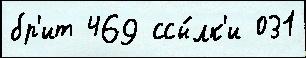
бр'ит 469 ссы́лк'и 031